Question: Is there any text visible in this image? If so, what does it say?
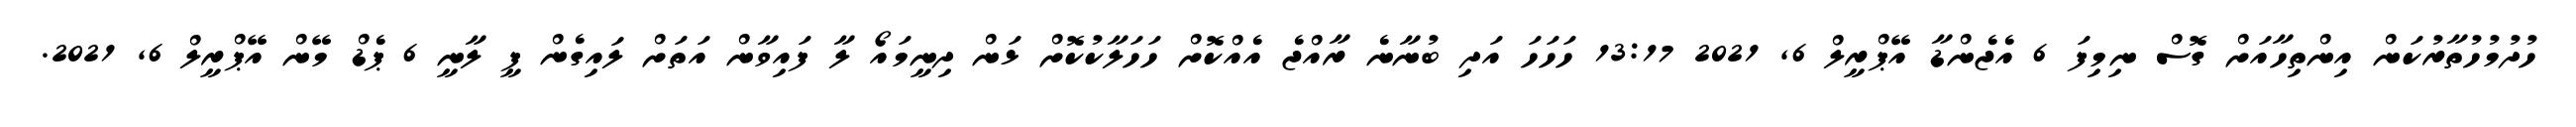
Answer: ހުދުމުހުތާރުކަން އިންތިހާއަށް ގޮސް ނިމިފަ 6 އެޖެންޑާ އޭޕްރީލް 6, 2021 13:17 ހަހަހަ އަދި ބުނާނެ ރާއްޖެ އެއްކޮށް ހަހަލާކުކޮށް ޅަން ދިނީމައޯ ލާ ފައިވާން އަތަށް ލައިގެން ފީ ލާނީ 6 ޕެޑް މޭން އޭޕްރީލް 6, 2021.